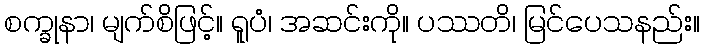
စက္ခုနာ၊ မျက်စိဖြင့်။ ရူပံ၊ အဆင်းကို။ ပဿတိ၊ မြင်ပေသနည်း။